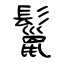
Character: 鬣